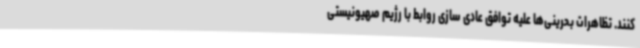
کنند. تظاهرات بحرینی‌ها علیه توافق عادی سازی روابط با رژیم صهیونیستی